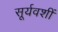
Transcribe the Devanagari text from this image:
सूर्यवशीं